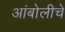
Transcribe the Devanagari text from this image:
आंबोलीचे